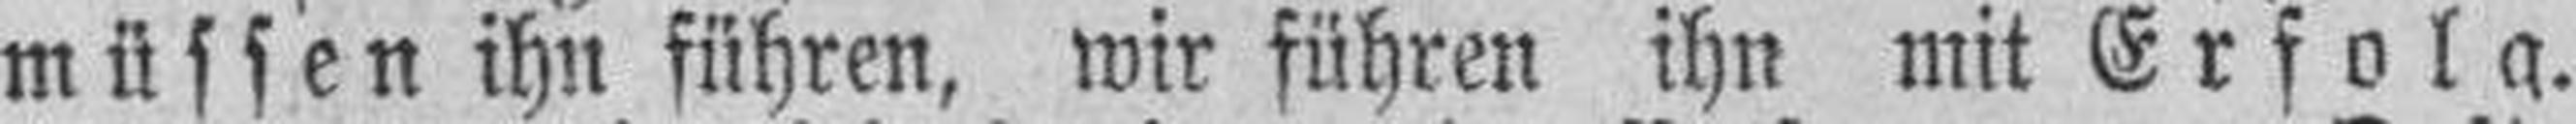
müssen ihn führen, wir führen ihn mit Erfolg.